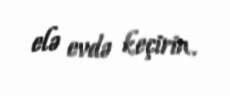
elə evdə keçirin.